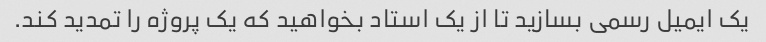
یک ایمیل رسمی بسازید تا از یک استاد بخواهید که یک پروژه را تمدید کند.